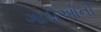
ગાડીઓની